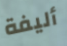
أليفة